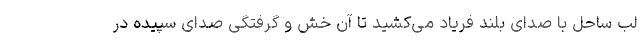
لب ساحل با صدای بلند فریاد می‌کشید تا آن خش و گرفتگی صدای سپیده در